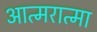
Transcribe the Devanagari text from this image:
आत्मरात्मा